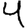
Digit: 4